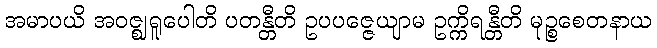
အမာပယိ အဝဇ္ဈရူပေါတိ ပတန္တီတိ ဥပပဇ္ဇေယျာမ ဥက္ကိရန္တီတိ မုဉ္စစေတနာယ